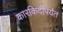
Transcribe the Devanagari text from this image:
कारकिर्दीपर्यंत